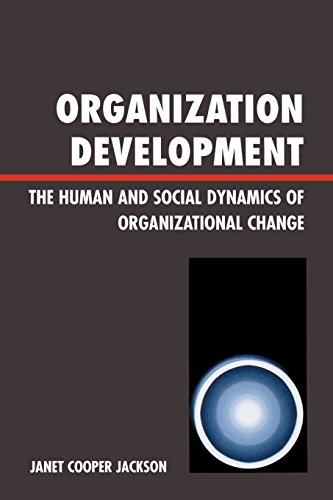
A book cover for Organization Development: The Human and Social Dynamics of Organizational Change; Janet Cooper Jackson; Politics & Social Sciences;